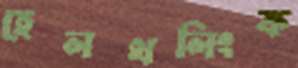
হেলথলিংক